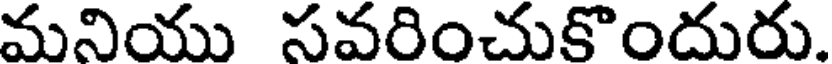
మనియు సవరించుకొందురు.